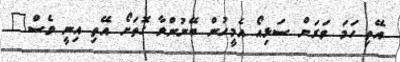
އޭތި ހަމަ ވަރަށް ސަޅިއޯ އެމީހުން ބޭނުންވާ ގޮތަށޯ އޭތި އިނީ ވެސް"